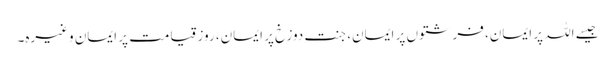
جیسے اللہ پر ایمان، فرشتوں پر ایمان، جنت دوزخ پر ایمان، روز قیامت پر ایمان وغیرہ۔